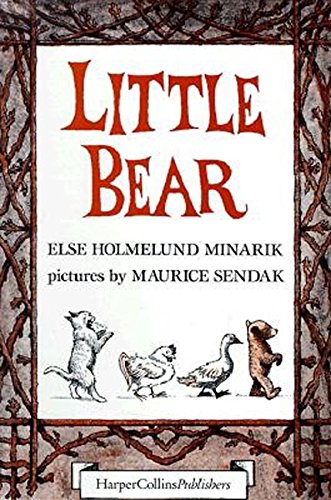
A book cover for Little Bear Boxed Set: Little Bear, Father Bear Comes Home, and Little Bear's Visit; Else Holmelund Minarik; Children's Books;